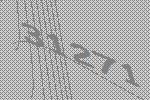
31271